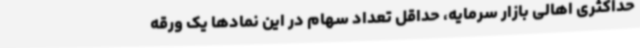
حداکثری اهالی بازار سرمایه، حداقل تعداد سهام در این نمادها یک ورقه